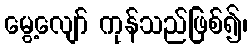
မွေ့လျော် ကုန်သည်ဖြစ်၍၊